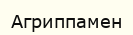
Агриппамен